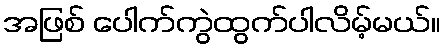
အဖြစ် ပေါက်ကွဲထွက်ပါလိမ့်မယ်။